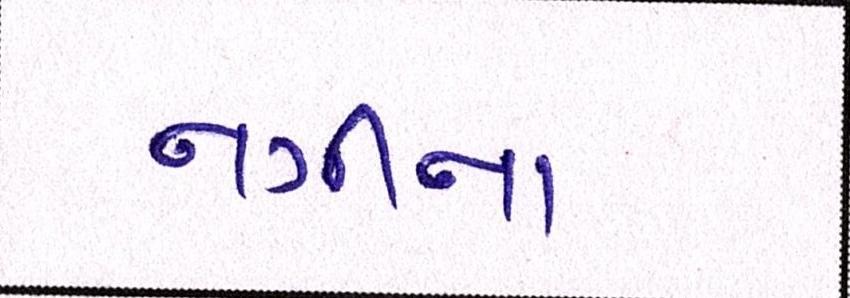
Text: નગીના